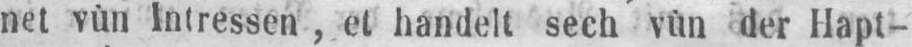
net vùn Intressen, et handelt sech vùn der Hapt-